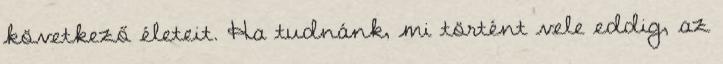
következő életeit. Ha tudnánk, mi történt vele eddig, az